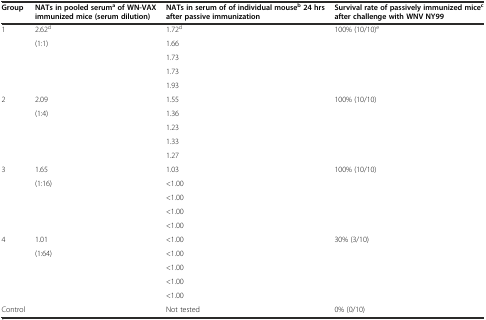
<table><thead><tr><td><b>Group</b></td><td><b>NATs in pooled serum<sup>a</sup>of WN-VAX immunized mice (serum dilution)</b></td><td><b>NATs in serum of of individual mouse<sup>b</sup>24 hrs after passive immunization</b></td><td><b>Survival rate of passively immunized mice<sup>c</sup>after challenge with WNV NY99</b></td></tr></thead><tbody><tr><td>1</td><td>2.62<sup>d</sup></td><td>1.72<sup>d</sup></td><td>100% (10/10)<sup>e</sup></td></tr><tr><td></td><td>(1:1)</td><td>1.66</td><td></td></tr><tr><td></td><td></td><td>1.73</td><td></td></tr><tr><td></td><td></td><td>1.73</td><td></td></tr><tr><td></td><td></td><td>1.93</td><td></td></tr><tr><td>2</td><td>2.09</td><td>1.55</td><td>100% (10/10)</td></tr><tr><td></td><td>(1:4)</td><td>1.36</td><td></td></tr><tr><td></td><td></td><td>1.23</td><td></td></tr><tr><td></td><td></td><td>1.33</td><td></td></tr><tr><td></td><td></td><td>1.27</td><td></td></tr><tr><td>3</td><td>1.65</td><td>1.03</td><td>100% (10/10)</td></tr><tr><td></td><td>(1:16)</td><td>&lt;1.00</td><td></td></tr><tr><td></td><td></td><td>&lt;1.00</td><td></td></tr><tr><td></td><td></td><td>&lt;1.00</td><td></td></tr><tr><td></td><td></td><td>&lt;1.00</td><td></td></tr><tr><td>4</td><td>1.01</td><td>&lt;1.00</td><td>30% (3/10)</td></tr><tr><td></td><td>(1:64)</td><td>&lt;1.00</td><td></td></tr><tr><td></td><td></td><td>&lt;1.00</td><td></td></tr><tr><td></td><td></td><td>&lt;1.00</td><td></td></tr><tr><td></td><td></td><td>&lt;1.00</td><td></td></tr><tr><td>Control</td><td></td><td>Not tested</td><td>0% (0/10)</td></tr></tbody></table>